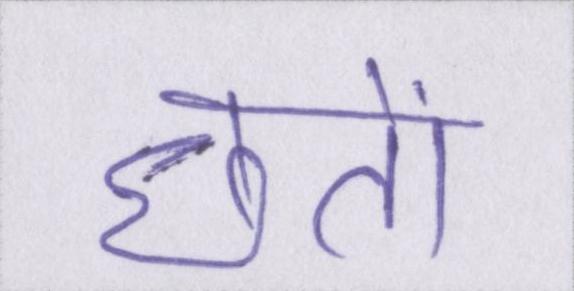
छतों